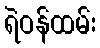
ရဲဝန်ထမ်း